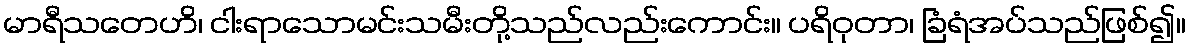
မာရီသတေဟိ၊ ငါးရာသောမင်းသမီးတို့သည်လည်းကောင်း။ ပရိဝုတာ၊ ခြံရံအပ်သည်ဖြစ်၍။